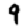
Digit: 9